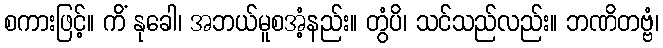
စကားဖြင့်။ ကိံ နုခေါ၊ အဘယ်မူစအံ့နည်း။ တွံပိ၊ သင်သည်လည်း။ ဘဏိတဗ္ဗံ၊